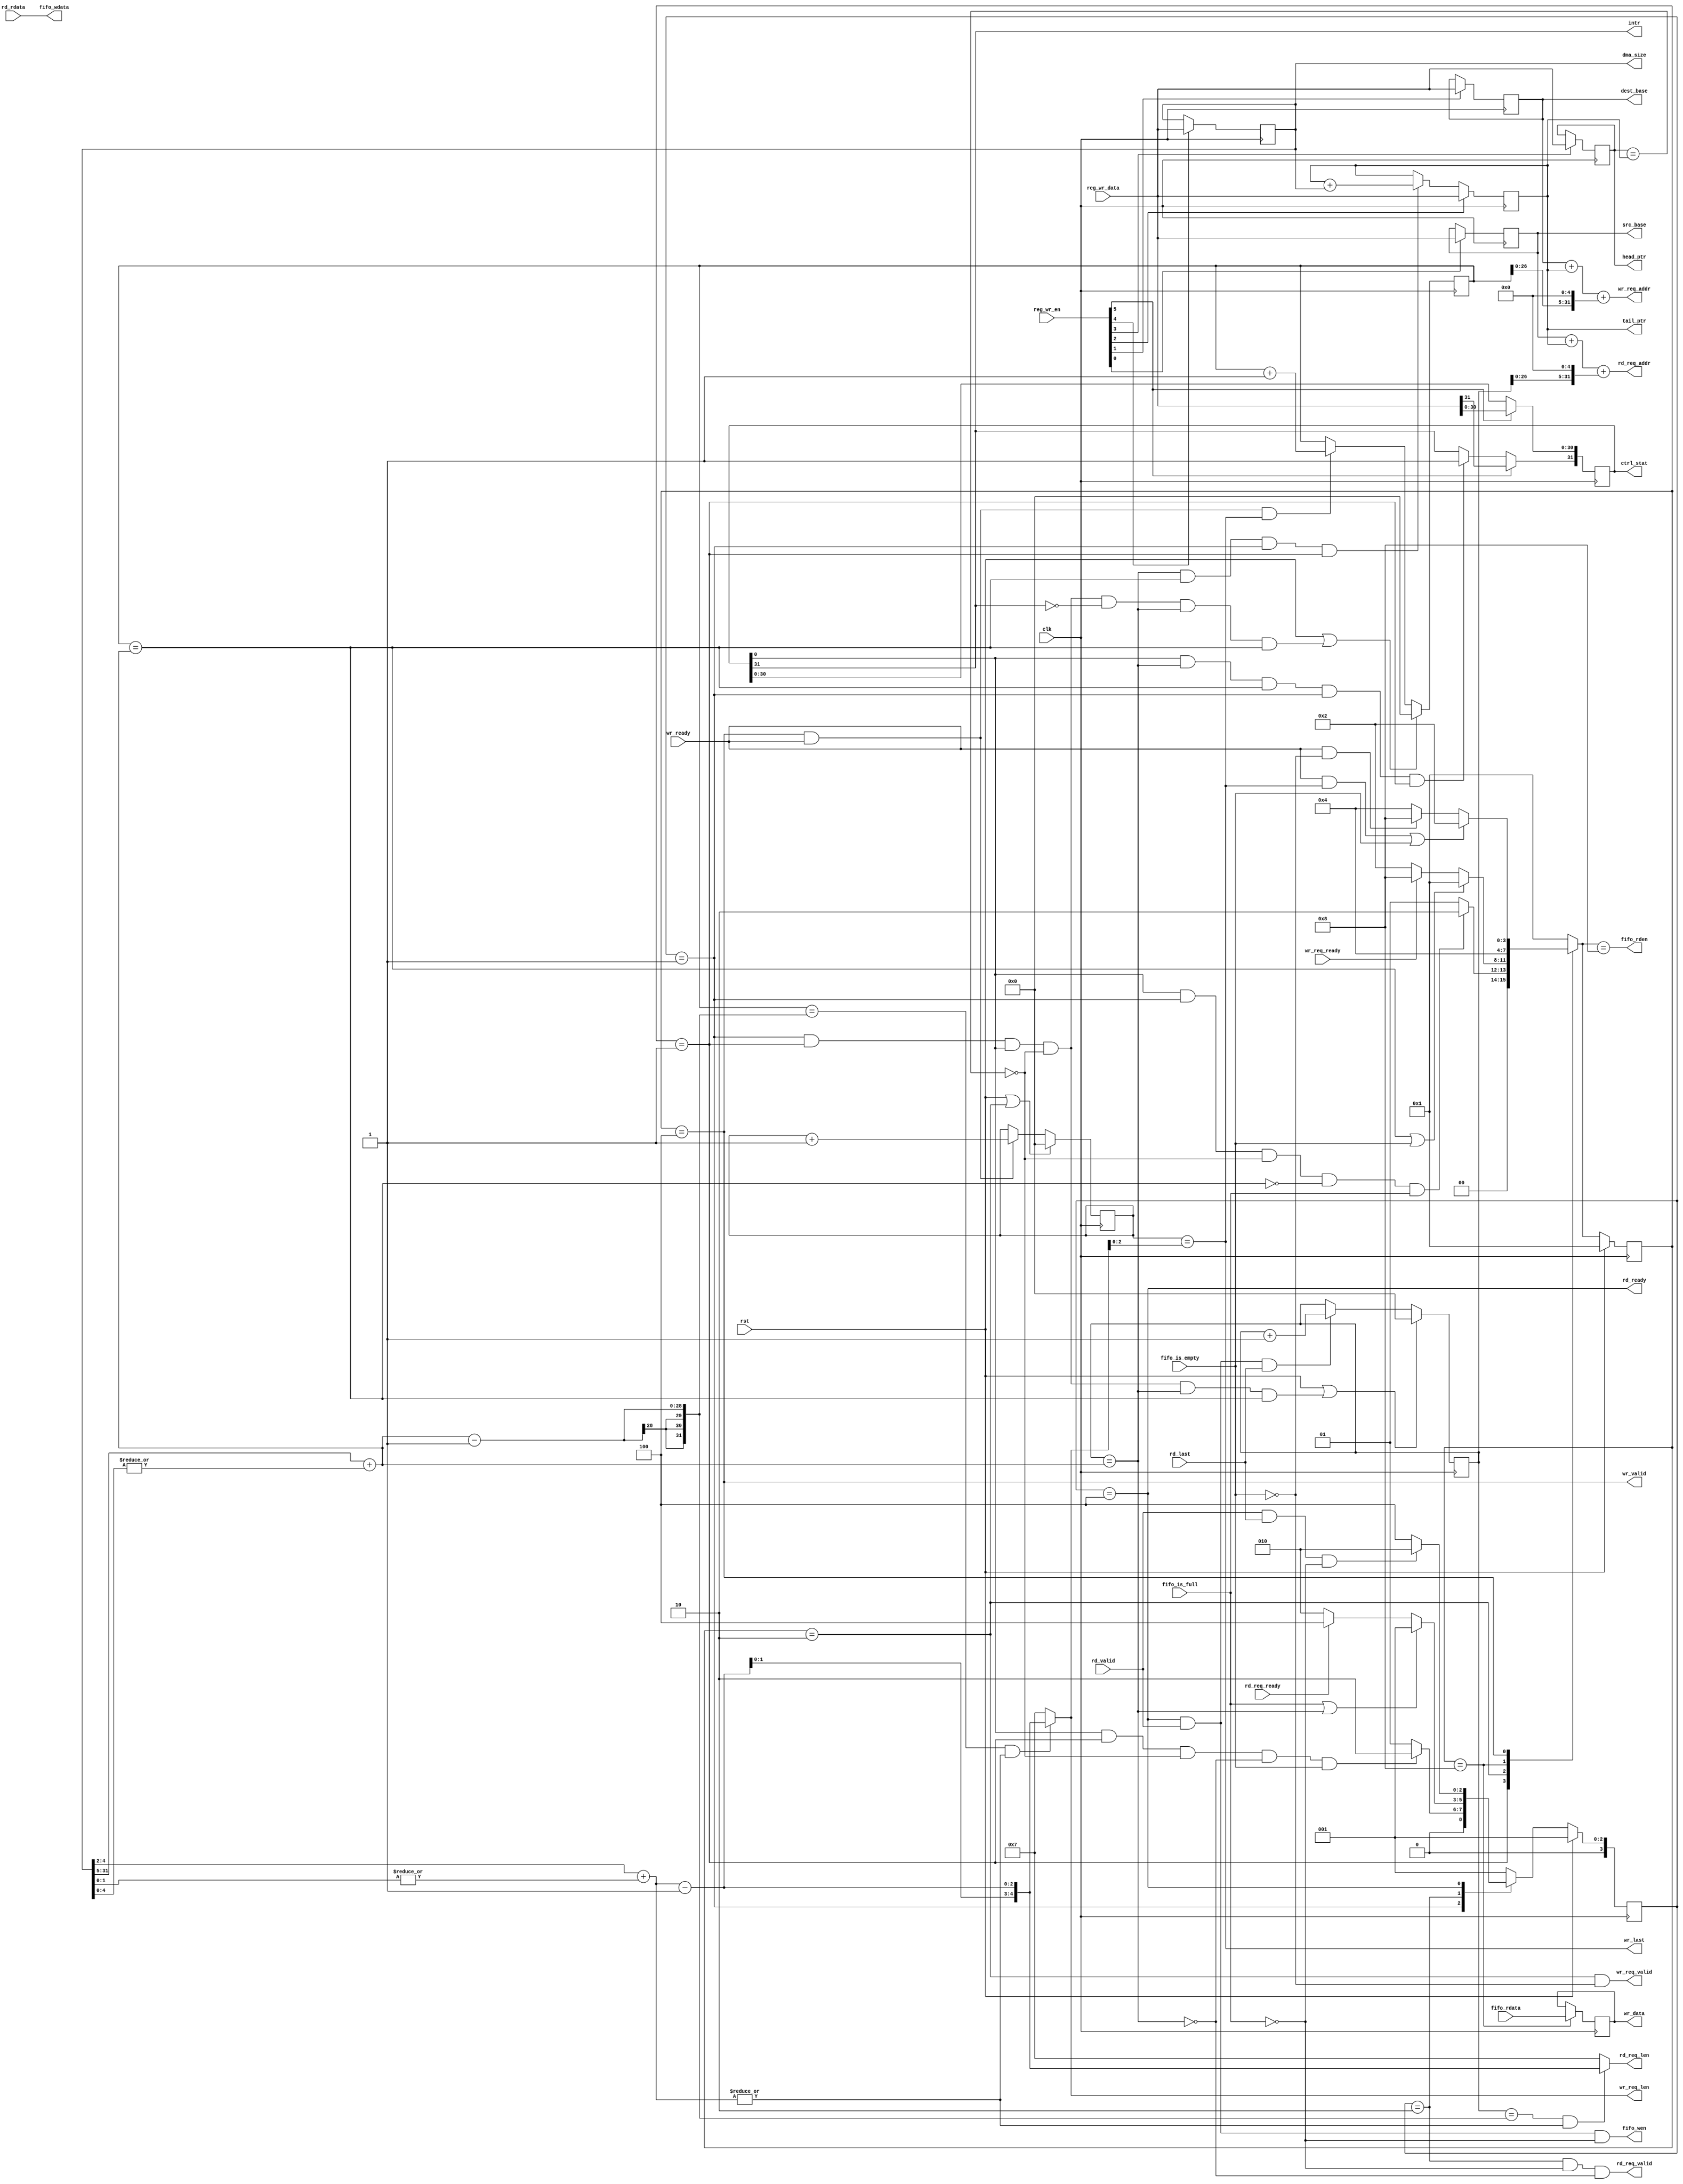
`timescale 1ns / 1ps
//////////////////////////////////////////////////////////////////////////////////
// Company: 
// 
// Design Name: 
// Module Name: dma_core
// Project Name: 
// Target Devices: 
// Tool Versions: 
// Description: 
// 
// Dependencies: 
// 
// Revision:
// Revision 0.01 - File Created
// Additional Comments:
// 
//////////////////////////////////////////////////////////////////////////////////
`define S_IDLE 4'b0001
`define S_REQ 4'b0010
`define S_RD_WR 4'b0100
`define S_FIFO2R 4'b1000

module engine_core #(
	parameter integer  DATA_WIDTH       = 32
)
(
	input    clk,
	input    rst,
	
	output reg [31:0]       src_base,
	output reg [31:0]       dest_base,
	output reg [31:0]       tail_ptr,
	output reg [31:0]       head_ptr,
	output reg [31:0]       dma_size,
	output reg [31:0]       ctrl_stat,

	input  [31:0]	    reg_wr_data,
	input  [ 5:0]       reg_wr_en,
  
	output              intr,
  
	output [31:0]       rd_req_addr,
	output [ 4:0]       rd_req_len,
	output              rd_req_valid,
	
	input               rd_req_ready,
	input  [31:0]       rd_rdata,
	input               rd_last,
	input               rd_valid,
	output              rd_ready,
	
	output [31:0]       wr_req_addr,
	output [ 4:0]       wr_req_len,
	output              wr_req_valid,
	input               wr_req_ready,
	output [31:0]       wr_data,
	output              wr_valid,
	input               wr_ready,
	output              wr_last,
	
	output              fifo_rden,
	output [31:0]       fifo_wdata,
	output              fifo_wen,
	
	input  [31:0]       fifo_rdata,
	input               fifo_is_empty,
	input               fifo_is_full
);
	// TODO: Please add your logic design here
	reg [3:0] rd_current_state;
	reg [3:0] rd_next_state;
	reg [3:0] wr_current_state;
	reg [3:0] wr_next_state;

	wire state_rd_IDLE;
	wire state_rd_REQ;
	wire state_rd_RD;
	wire state_wr_IDLE;
	wire state_wr_REQ;
	wire state_wr_WR;
	wire state_wr_FIFO2R;

	wire [2:0] last_burst;
	wire [31:0] total_burst_times;
	wire rd_complete_burst;
	wire wr_complete_burst;

	wire EN;
	wire equal;

	reg [31:0] fifo_data;

	reg [31:0] rd_counter;
	reg [31:0] wr_counter;
	reg [31:0] wdata_counter;

	always @ (posedge clk) begin
		if (reg_wr_en[0]) src_base <= reg_wr_data;
	end
	always @ (posedge clk) begin
		if (reg_wr_en[1]) dest_base <= reg_wr_data;
	end
	always @ (posedge clk) begin
		if (reg_wr_en[2]) tail_ptr <= reg_wr_data;
		else if (rd_complete_burst & wr_complete_burst & state_rd_IDLE & state_wr_IDLE)
			tail_ptr <= tail_ptr + dma_size;
	end
	always @ (posedge clk) begin
		if (reg_wr_en[3]) head_ptr <= reg_wr_data;
	end
	always @ (posedge clk) begin
		if (reg_wr_en[4]) dma_size <= reg_wr_data;
	end
	always @ (posedge clk) begin
		if (reg_wr_en[5]) ctrl_stat <= reg_wr_data;
		else if (EN & rd_complete_burst & wr_complete_burst & state_rd_IDLE & state_wr_IDLE)
			ctrl_stat[31] = 1'b1;
	end
	assign intr = ctrl_stat[31];
	assign EN = ctrl_stat[0];
	assign equal = head_ptr == tail_ptr;

	assign last_burst = dma_size[4:2] + |dma_size[1:0];
	assign total_burst_times = {5'b0, dma_size[31:5]} + |dma_size[4:0];
	assign rd_complete_burst = rd_counter == total_burst_times;
	assign wr_complete_burst = wr_counter == total_burst_times;

	assign state_rd_IDLE = rd_current_state == `S_IDLE;
	assign state_rd_REQ = rd_current_state == `S_REQ;
	assign state_rd_RD = rd_current_state == `S_RD_WR;
	assign state_wr_IDLE = wr_current_state == `S_IDLE;
	assign state_wr_REQ = wr_current_state == `S_REQ;
	assign state_wr_WR = wr_current_state == `S_RD_WR;
	assign state_wr_FIFO2R = wr_current_state == `S_FIFO2R;

	always @ (posedge clk) begin
		if (rst) rd_current_state <= `S_IDLE;
		else rd_current_state <= rd_next_state;
	end

	always @ (*) begin
		case (rd_current_state)
			`S_IDLE: begin
				if (EN & state_wr_IDLE & ~equal & ~rd_complete_burst & fifo_is_empty)
					rd_next_state = `S_REQ;
				else rd_next_state = `S_IDLE;
			end
			`S_REQ: begin
				if (fifo_is_full | rd_complete_burst) rd_next_state = `S_IDLE;
				else if (rd_req_ready) rd_next_state = `S_RD_WR;
				else rd_next_state = `S_REQ;
			end
			`S_RD_WR: begin
				if (rd_valid & rd_last & ~fifo_is_full) rd_next_state = `S_REQ;
				else rd_next_state = `S_RD_WR;
			end
			default: rd_next_state = `S_IDLE;
		endcase
	end	

	always @ (posedge clk) begin
		if (rst | state_rd_IDLE & state_wr_IDLE & EN & ~equal & rd_complete_burst & wr_complete_burst)
			rd_counter <= 32'b0;
		else if (state_rd_RD & rd_valid & rd_last)
			rd_counter <= rd_counter + 1;
	end

	assign rd_req_addr = src_base + tail_ptr + (rd_counter << 5);
	assign rd_req_len = (rd_counter == total_burst_times - 1 && |last_burst)? {2'b0, {3{last_burst - 1'b1}}} : 5'b111;
	assign rd_req_valid = state_rd_REQ & ~fifo_is_full & ~rd_complete_burst;
	assign rd_ready = state_rd_RD;

	assign fifo_wen = rd_ready & rd_valid & ~fifo_is_full;
	assign fifo_wdata = rd_rdata;

	always @ (posedge clk) begin
		if (rst) wr_current_state <= `S_IDLE;
		else wr_current_state <= wr_next_state;
	end

	always @ (*) begin
		case (wr_current_state)
			`S_IDLE: begin
				if (EN & state_rd_IDLE & ~equal & ~wr_complete_burst & fifo_is_full)
					wr_next_state = `S_REQ;
				else wr_next_state = `S_IDLE;
			end
			`S_REQ: begin
				if (wr_complete_burst | fifo_is_empty) wr_next_state = `S_IDLE;
				else if (wr_req_ready) wr_next_state = `S_FIFO2R;
				else wr_next_state = `S_REQ;
			end
			`S_FIFO2R: begin
				wr_next_state = `S_RD_WR;
			end
				`S_RD_WR: begin
				if (wr_ready & wr_last | fifo_is_empty) wr_next_state = `S_REQ;
				else if (wr_ready & ~fifo_is_empty) wr_next_state = `S_FIFO2R;
				else wr_next_state = `S_RD_WR;
			end
			default: wr_next_state = `S_IDLE;
		endcase
	end

	assign fifo_rden = wr_next_state == `S_FIFO2R;
	always @ (posedge clk) begin
		if (state_wr_FIFO2R) fifo_data <= fifo_rdata;
	end

	always @ (posedge clk) begin
		if (rst | state_rd_IDLE & state_wr_IDLE & EN & ~equal & ~intr & rd_complete_burst & wr_complete_burst)
			wr_counter <= 32'b0;
		else if (state_wr_WR & wr_ready & wr_last)
			wr_counter <= wr_counter + 1;
	end

	always @ (posedge clk) begin
		if (rst | state_wr_REQ) wdata_counter <= 3'b0;
		else if (state_wr_WR & wr_ready) wdata_counter <= wdata_counter + 1;
	end

	assign wr_req_valid = state_wr_REQ & ~fifo_is_empty;
	assign wr_req_addr = dest_base + tail_ptr + (wr_counter << 5);
	assign wr_req_len = (wr_counter == total_burst_times - 1 && |last_burst)? {2'b0, {3{last_burst - 1'b1}}} : 5'b111;
	assign wr_valid = state_wr_WR;
	assign wr_data = fifo_data;
	assign wr_last = wdata_counter == wr_req_len[2:0];
endmodule